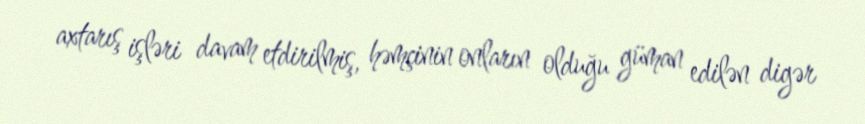
axtarış işləri davam etdirilmiş, həmçinin onların olduğu güman edilən digər